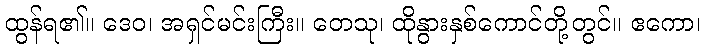
ထွန်ရ၏။ ဒေဝ၊ အရှင်မင်းကြီး။ တေသု၊ ထိုနွားနှစ်ကောင်တို့တွင်။ ဧကော၊